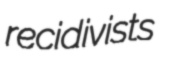
recidivists